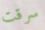
سرقت